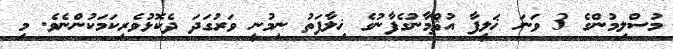
މުސްލިމުންގެ 3 ވަނަ ޚަލީފާ އުޘްމާނުގެފާނުގެ ޚިލާފަތު ނިމުނީ ވަރުގަދަ ދެކޮޅުވެރިކަމަކުންނެވެ. މި